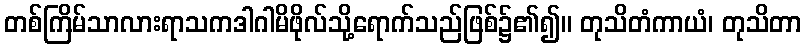
တစ်ကြိမ်သာလားရာသကဒါဂါမိဖိုလ်သို့ရောက်သည်ဖြစ်၌၏၍။ တုသိတံကာယံ၊ တုသိတာ